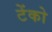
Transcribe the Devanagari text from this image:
टेंको